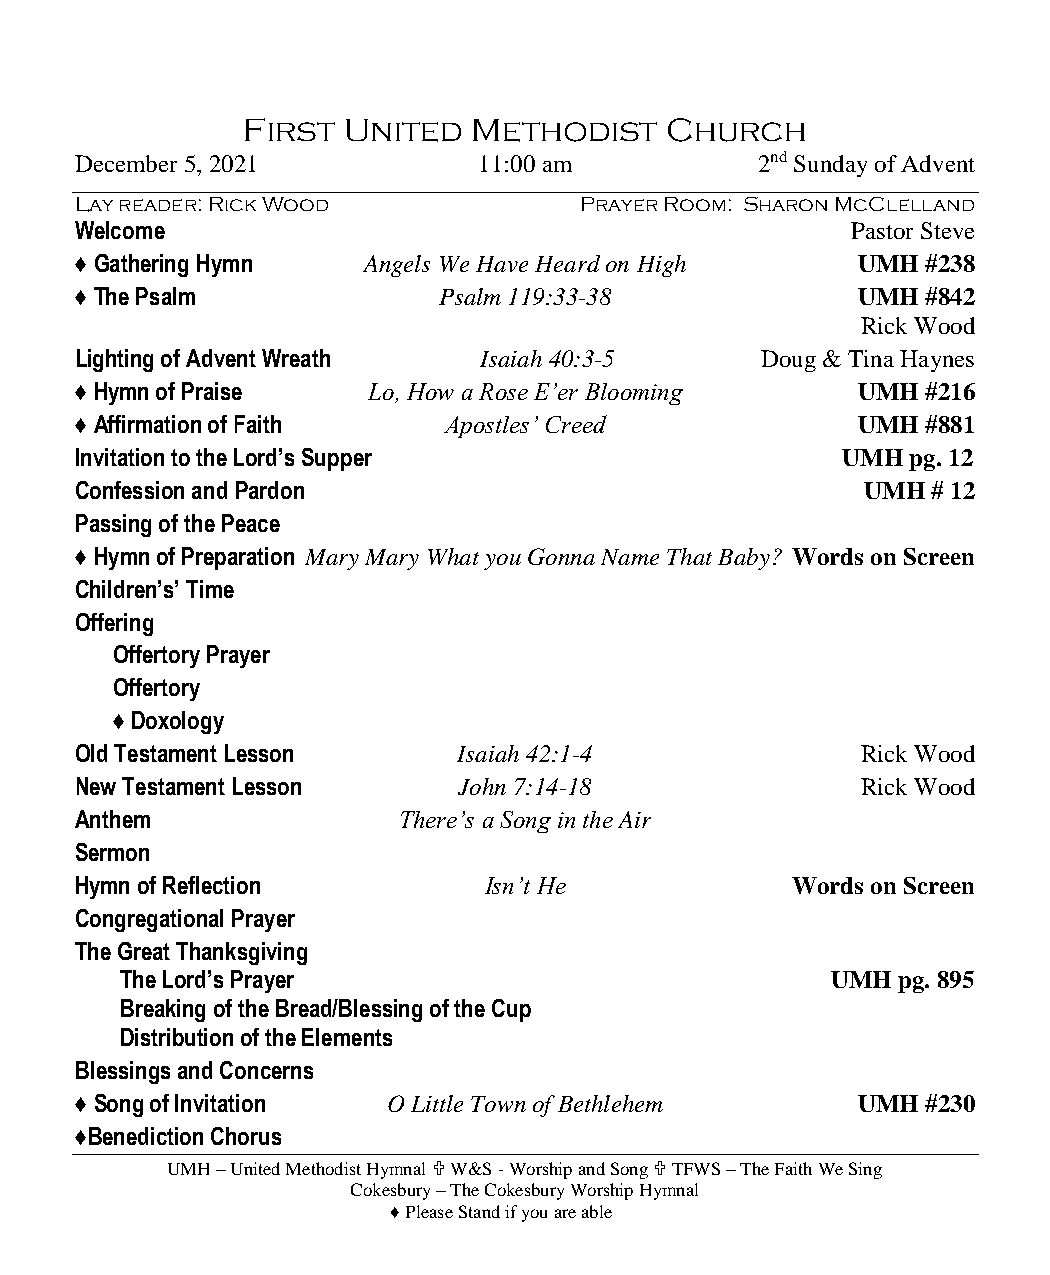
First  United  Methodist    Church
 December 5, 2021           11:00 am          2nd Sunday of Advent
 Lay reader: Rick Wood            Prayer Room: Sharon McClelland
 Welcome                                            Pastor Steve
 ♦ Gathering Hymn   Angels We Have Heard on High     UMH #238
 ♦ The Psalm             Psalm 119:33-38             UMH #842
 Rick Wood
 Lighting of Advent Wreath  Isaiah 40:3-5     Doug & Tina Haynes
 ♦ Hymn of Praise   Lo, How a Rose E’er Blooming     UMH #216
 ♦ Affirmation of Faith  Apostles’ Creed             UMH #881
 Invitation to the Lord’s Supper                    UMH pg. 12
 Confession and Pardon                               UMH  # 12
 Passing of the Peace
 ♦ Hymn of Preparation Mary Mary What you Gonna Name That Baby? Words on Screen
 Children’s’ Time
 Offering
 Offertory Prayer
 Offertory
 ♦ Doxology
 Old Testament Lesson     Isaiah 42:1-4              Rick Wood
 New Testament Lesson     John 7:14-18               Rick Wood
 Anthem               There’s a Song in the Air
 Sermon
 Hymn of Reflection         Isn’t He            Words on Screen
 Congregational Prayer
 The Great Thanksgiving
 The Lord’s Prayer                              UMH pg. 895
 Breaking of the Bread/Blessing of the Cup
 Distribution of the Elements
 Blessings and Concerns
 ♦ Song of Invitation O Little Town of Bethlehem     UMH #230
 ♦Benediction Chorus
 UMH – United Methodist Hymnal  W&S - Worship and Song  TFWS – The Faith We Sing
 Cokesbury – The Cokesbury Worship Hymnal
 ♦ Please Stand if you are able